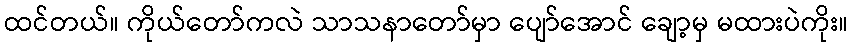
ထင်တယ်။ ကိုယ်တော်ကလဲ သာသနာတော်မှာ ပျော်အောင် ချော့မှ မထားပဲကိုး။